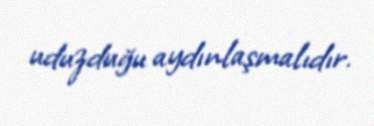
uduzduğu aydınlaşmalıdır.